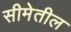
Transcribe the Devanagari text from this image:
सीमेतील